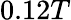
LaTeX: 0.12T